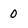
Character: 0